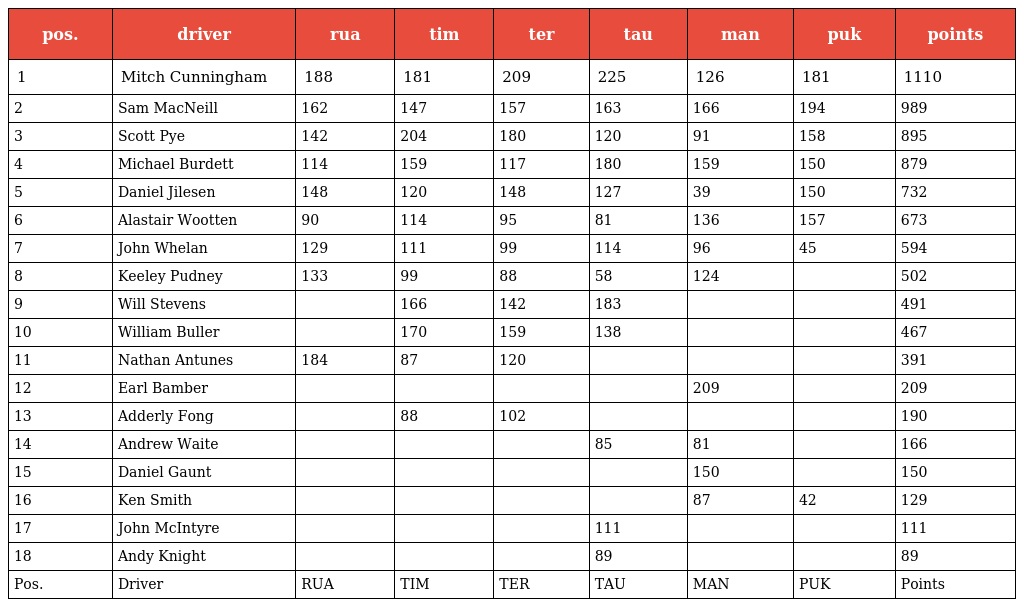
| pos. | driver | rua | tim | ter | tau | man | puk | points |
 | --- | --- | --- | --- | --- | --- | --- | --- | --- |
 | 1 | Mitch Cunningham | 188 | 181 | 209 | 225 | 126 | 181 | 1110 |
 | 2 | Sam MacNeill | 162 | 147 | 157 | 163 | 166 | 194 | 989 |
 | 3 | Scott Pye | 142 | 204 | 180 | 120 | 91 | 158 | 895 |
 | 4 | Michael Burdett | 114 | 159 | 117 | 180 | 159 | 150 | 879 |
 | 5 | Daniel Jilesen | 148 | 120 | 148 | 127 | 39 | 150 | 732 |
 | 6 | Alastair Wootten | 90 | 114 | 95 | 81 | 136 | 157 | 673 |
 | 7 | John Whelan | 129 | 111 | 99 | 114 | 96 | 45 | 594 |
 | 8 | Keeley Pudney | 133 | 99 | 88 | 58 | 124 |  | 502 |
 | 9 | Will Stevens |  | 166 | 142 | 183 |  |  | 491 |
 | 10 | William Buller |  | 170 | 159 | 138 |  |  | 467 |
 | 11 | Nathan Antunes | 184 | 87 | 120 |  |  |  | 391 |
 | 12 | Earl Bamber |  |  |  |  | 209 |  | 209 |
 | 13 | Adderly Fong |  | 88 | 102 |  |  |  | 190 |
 | 14 | Andrew Waite |  |  |  | 85 | 81 |  | 166 |
 | 15 | Daniel Gaunt |  |  |  |  | 150 |  | 150 |
 | 16 | Ken Smith |  |  |  |  | 87 | 42 | 129 |
 | 17 | John McIntyre |  |  |  | 111 |  |  | 111 |
 | 18 | Andy Knight |  |  |  | 89 |  |  | 89 |
 | Pos. | Driver | RUA | TIM | TER | TAU | MAN | PUK | Points |